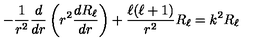
- { \frac { 1 } { r ^ { 2 } } } { \frac { d } { d r } } \left( r ^ { 2 } { \frac { d R _ { \ell } } { d r } } \right) + { \frac { \ell ( \ell + 1 ) } { r ^ { 2 } } } R _ { \ell } = k ^ { 2 } R _ { \ell }